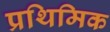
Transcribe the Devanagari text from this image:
प्रथिमिक